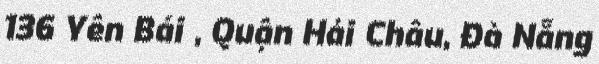
136 Yên Bái , Quận Hải Châu, Đà Nẵng